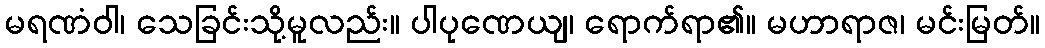
မရဏံဝါ၊ သေခြင်းသို့မူလည်း။ ပါပုဏေယျ၊ ရောက်ရာ၏။ မဟာရာဇ၊ မင်းမြတ်။